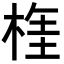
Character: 𣔫